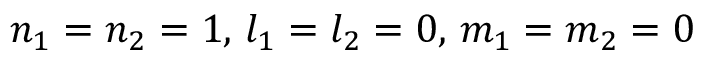
n _ { 1 } = n _ { 2 } = 1 , \, l _ { 1 } = l _ { 2 } = 0 , \, m _ { 1 } = m _ { 2 } = 0